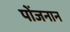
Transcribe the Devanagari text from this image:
पोंजनान